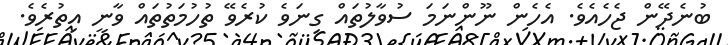
ބުނެދޭން ޖެހެއެވެ. އެެހެން ނޫންނަމަ ސުވާލުތައް ގިނަވެ ކުރެވޭ ތުހުމަތުތައް ވާނީ އިތުރެވެ.